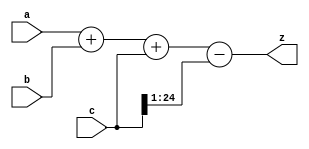
 module math(a, b, c, z);
 input signed [19:0] a, b;
 input signed [24:0] c;
 output signed [24:0] z;

 assign z = a + b + c - (c >>> 1);
 endmodule

 module test();
 reg signed [19:0] a, b;
 reg signed [24:0] z, c;

 wire signed [24:0] y;

 wire signed [24:0] w = a + b + c - (c >>> 1);

 math m(a,b,c,y);

 initial begin
 a = -5;
 $display("a = %x %d", a, a);
 b = 0;
 $display("b = %x %d", b, b);
 c = 8;
 $display("c = %x %d", c, c);
 z = a + b + c - (c >>> 1);
    #1 /* delay for things to settle. */;
 $display("z = %x, %d, %b", z, z, z);
 $display("y = %x, %d, %b", y, y, y);
 $display("w = %x, %d, %b", w, w, w);
 $display("%b %b %b %b", $is_signed(a),
 $is_signed(b), $is_signed(c), $is_signed(c >>> 1));
 end
 endmodule